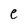
Character: e